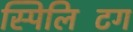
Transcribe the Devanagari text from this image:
स्पिलिटिंग